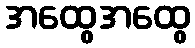
အထွေအထွေ